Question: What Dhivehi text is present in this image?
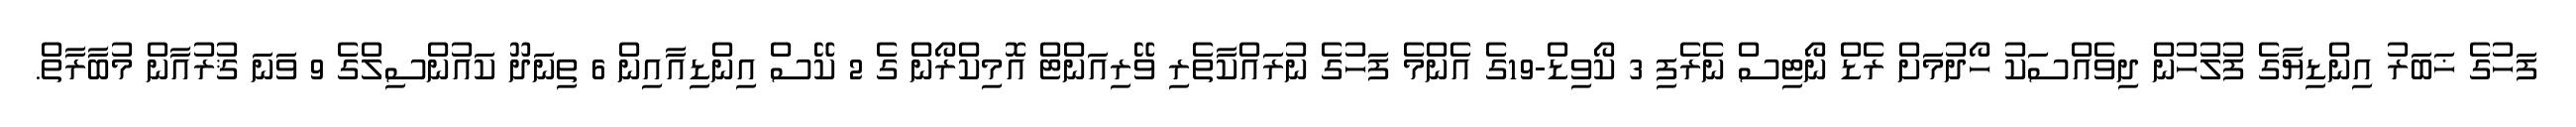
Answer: ފަހުގެ ޚަބަރު އިންޑިޔާގެ ފުލުހުން ދިވެއްސަކު ހޯދުމަށް ރެޑް ނޯޓިސް ނެރެފި 3 ކޯވިޑް-19ގެ އެންމެ ފަހުގެ ނުރައްކާތެރި ވޭރިއަންޓް އޮމިކްރޯން ގެ 2 ކޭސް އިންޑިއާއިން 6 ތިނަދޫ ކައުންސިލްގެ 9 ވަނަ ޤުރުއާން މުބާރާތް.